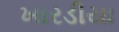
ખારડીયા